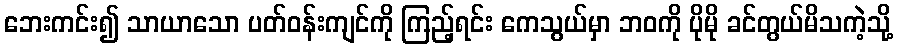
ဘေးကင်း၍ သာယာသော ပတ်ဝန်းကျင်ကို ကြည့်ရင်း ကေသွယ်မှာ ဘဝကို ပိုမို ခင်တွယ်မိသကဲ့သို့